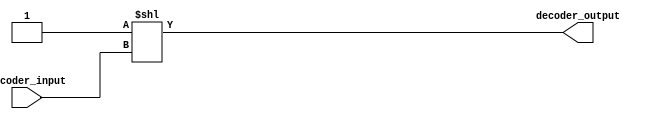
`timescale 1ns / 1ps
//////////////////////////////////////////////////////////////////////////////////
// Company: 
// Engineer: 
// 
// Design Name: 
// Module Name: decoder
// Project Name: 
// Target Devices: 
// Tool Versions: 
// Description: 
// 
// Dependencies: 
// 
// Revision:
// Revision 0.01 - File Created
// Additional Comments:
// 
//////////////////////////////////////////////////////////////////////////////////


module decoder_8_bit(
    input [2:0] decoder_input,
    output  [7:0] decoder_output
    );  
    
   assign decoder_output = 1'b1 << decoder_input ;
endmodule